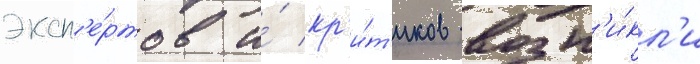
эксп'е́ртов и́ кр'и́т'иков возн'и́кл'и